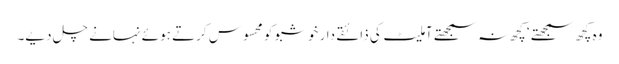
وہ کچھ سمجھتے ‘ کچھ نہ سمجھتے آملیٹ کی ذائقے دار خوشبو کو محسوس کرتے ہوئے نہانے چل دیے۔